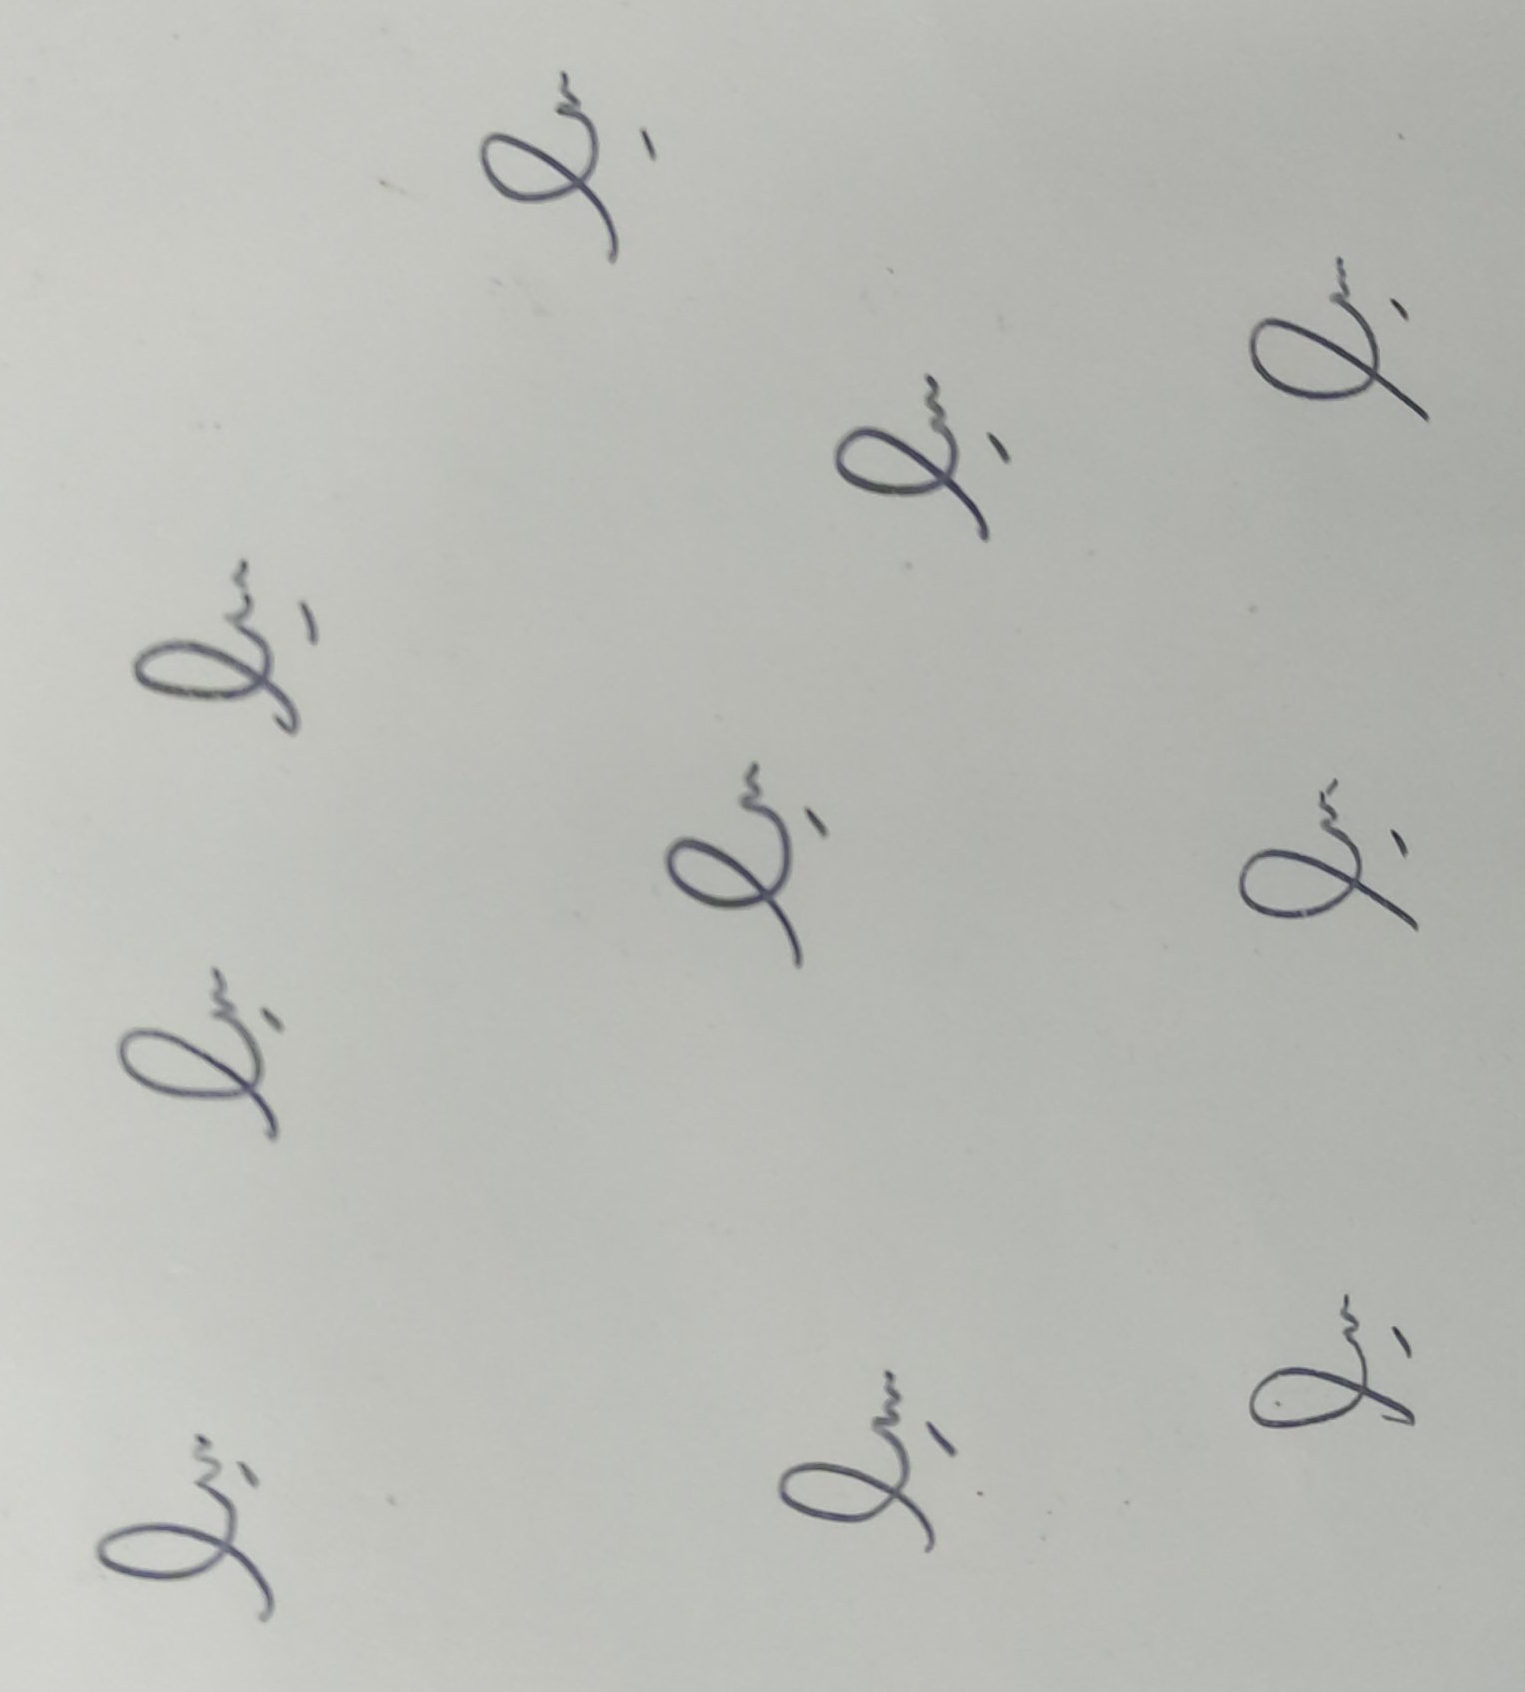
Signature authenticity: forged